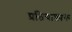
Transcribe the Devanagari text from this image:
प्रतियाश्पक